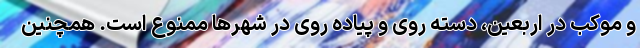
و موکب در اربعین، دسته روی و پیاده روی در شهرها ممنوع است. همچنین